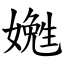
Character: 嬔